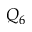
Q _ { 6 }